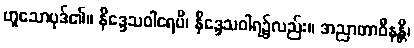
ဟူသောပုဒ်၏။ နိဒ္ဒေသဝါရေပိ၊ နိဒ္ဒေသဝါရ၌လည်း။ အညာတာဝီနန္တိ၊